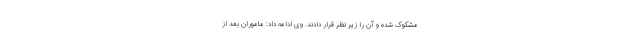
مشکوک شده و آن را زیر نظر قرار دادند. وی ادامه داد: ماموران بعد از